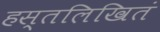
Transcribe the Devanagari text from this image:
हस्तलिखितं